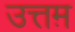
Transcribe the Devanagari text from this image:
उत्तम़